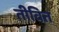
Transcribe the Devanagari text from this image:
तीवित